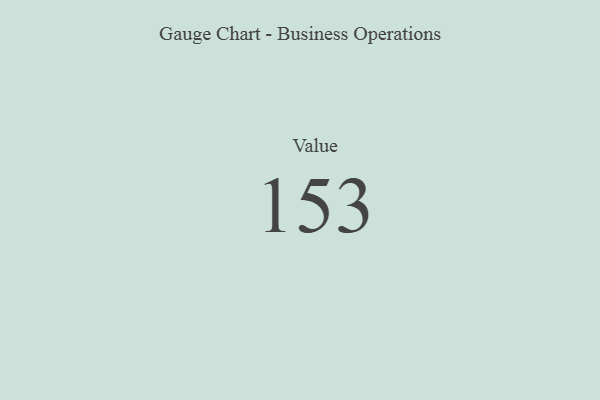
{"axis": {"x": "Metric", "y": "Value"}, "legend": [""], "data": [{"x": "Value", "y": 153, "type": ""}]}